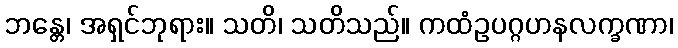
ဘန္တေ၊ အရှင်ဘုရား။ သတိ၊ သတိသည်။ ကထံဥပဂ္ဂဟနလက္ခဏာ၊